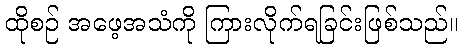
ထိုစဉ် အဖေ့အသံကို ကြားလိုက်ရခြင်းဖြစ်သည်။